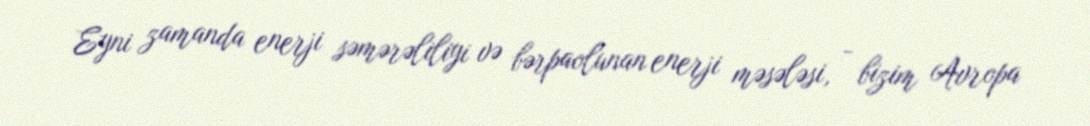
Eyni zamanda enerji səmərəliliyi və bərpaolunan enerji məsələsi, - bizim Avropa